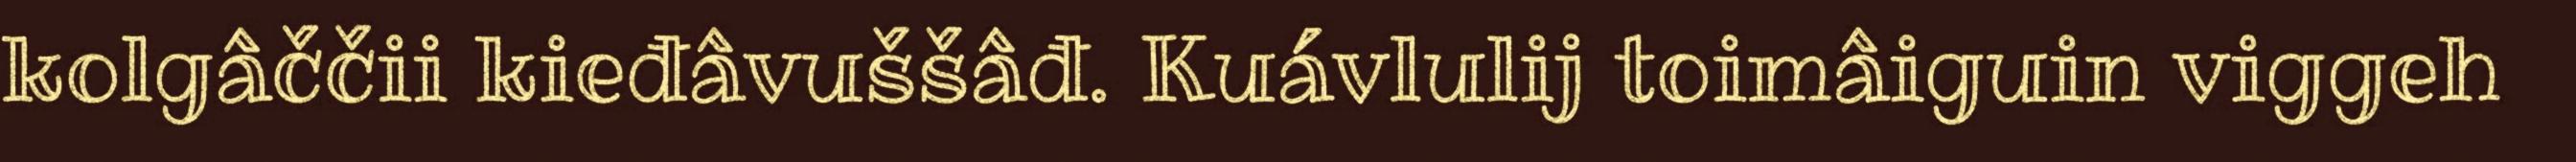
kolgâččii kieđâvuššâđ. Kuávlulij toimâiguin viggeh